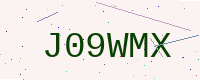
Text: J09WMX